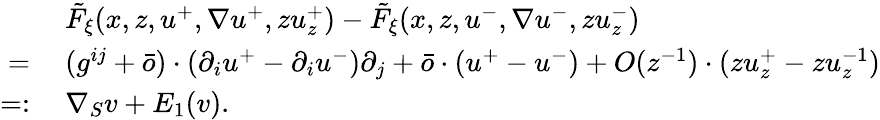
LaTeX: \begin{array}{rl}&{\ \tilde{F}_{\xi}(x,z,u^{+},\nabla u^{+},zu_{z}^{+})-\tilde{F}_{\xi}(x,z,u^{-},\nabla u^{-},zu_{z}^{-})}\\ {=}&{\ (g^{ij}+\bar{o})\cdot(\partial_{i}u^{+}-\partial_{i}u^{-})\partial_{j}+\bar{o}\cdot(u^{+}-u^{-})+O(z^{-1})\cdot(zu_{z}^{+}-zu_{z}^{-1})}\\ {=:}&{\ \nabla_{S}v+E_{1}(v).}\end{array}